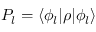
P _ { l } = \langle \phi _ { l } | \rho | \phi _ { l } \rangle